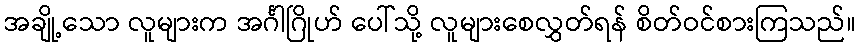
အချို့သော လူများက အင်္ဂါဂြိုဟ် ပေါ်သို့ လူများစေလွှတ်ရန် စိတ်ဝင်စားကြသည်။